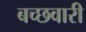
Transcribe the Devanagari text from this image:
बच्छवारी